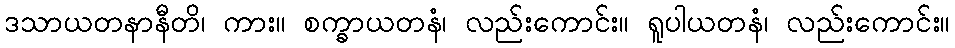
ဒသာယတနာနီတိ၊ ကား။ စက္ခာယတနံ၊ လည်းကောင်း။ ရူပါယတနံ၊ လည်းကောင်း။